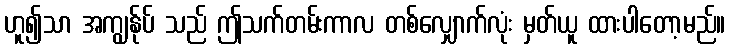
ဟူ၍သာ အကျွန်ုပ် သည် ဤသက်တမ်းကာလ တစ်လျှောက်လုံး မှတ်ယူ ထားပါတော့မည်။